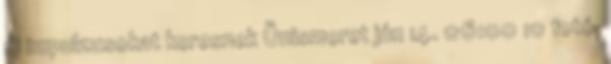
új impulzusokat keresnek Önismeret jún 14. 06:00 10 fotó,